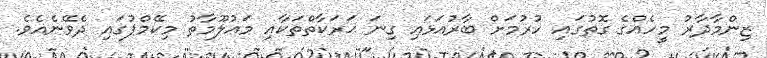
ޒިންމާދާރު މީހެއްގެ ގޮތުގައި ހުރުމަށް ބާރުއަޅައި ގިނަ ޙަރަކާތްތަކާއި މަޢުލޫމާތު މިކޭމްޕުގައި ދެވޭނެއެވެ.